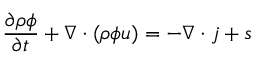
\frac { \partial \rho \phi } { \partial t } + \nabla \cdot ( \rho \phi \boldsymbol { u } ) = - \nabla \cdot \boldsymbol { j } + s